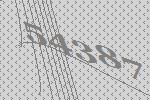
54387